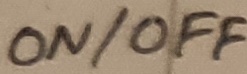
Text: ON/OFF